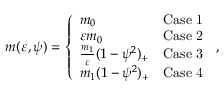
\begin{array} { r } { m ( { \varepsilon } , \psi ) = \left\{ \begin{array} { l l } { m _ { 0 } } & { \mathrm { C a s e ~ 1 } } \\ { \varepsilon m _ { 0 } } & { \mathrm { C a s e ~ 2 } } \\ { \frac { m _ { 1 } } { \varepsilon } ( 1 - \psi ^ { 2 } ) _ { + } } & { \mathrm { C a s e ~ 3 } } \\ { m _ { 1 } ( 1 - \psi ^ { 2 } ) _ { + } } & { \mathrm { C a s e ~ 4 } } \end{array} \right. \, , } \end{array}